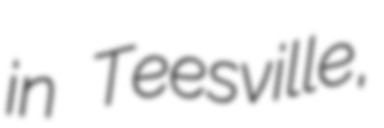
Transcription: in Teesville,